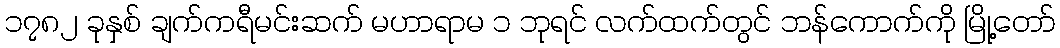
၁၇၈၂ ခုနှစ် ချက်ကရီမင်းဆက် မဟာရာမ ၁ ဘုရင် လက်ထက်တွင် ဘန်ကောက်ကို မြို့တော်